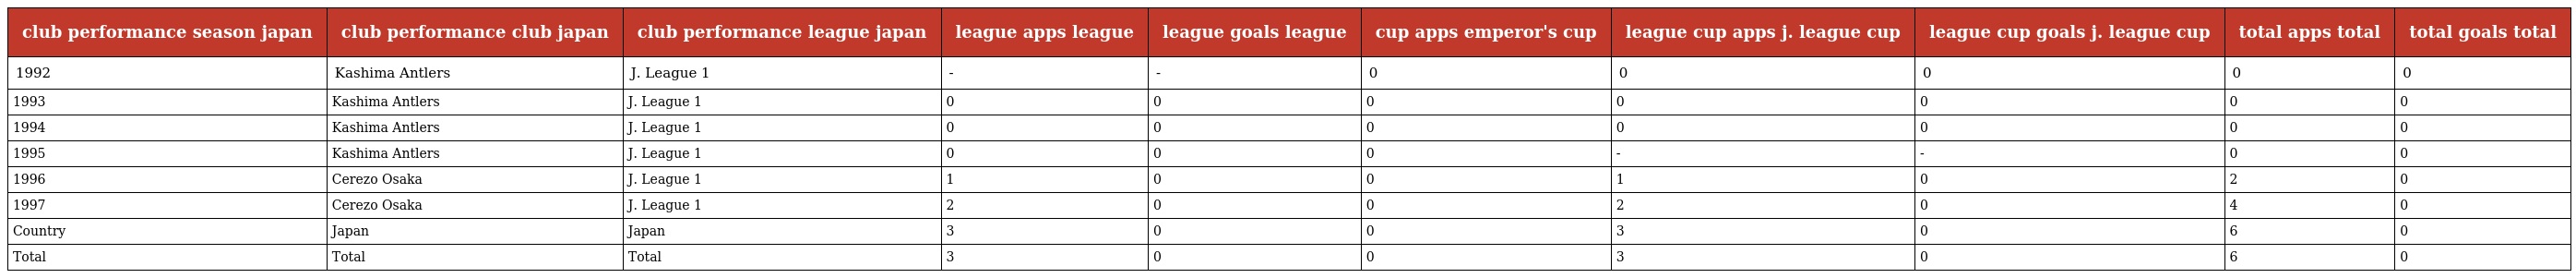
| club performance season japan | club performance club japan | club performance league japan | league apps league | league goals league | cup apps emperor's cup | league cup apps j. league cup | league cup goals j. league cup | total apps total | total goals total |
 | --- | --- | --- | --- | --- | --- | --- | --- | --- | --- |
 | 1992 | Kashima Antlers | J. League 1 | - | - | 0 | 0 | 0 | 0 | 0 |
 | 1993 | Kashima Antlers | J. League 1 | 0 | 0 | 0 | 0 | 0 | 0 | 0 |
 | 1994 | Kashima Antlers | J. League 1 | 0 | 0 | 0 | 0 | 0 | 0 | 0 |
 | 1995 | Kashima Antlers | J. League 1 | 0 | 0 | 0 | - | - | 0 | 0 |
 | 1996 | Cerezo Osaka | J. League 1 | 1 | 0 | 0 | 1 | 0 | 2 | 0 |
 | 1997 | Cerezo Osaka | J. League 1 | 2 | 0 | 0 | 2 | 0 | 4 | 0 |
 | Country | Japan | Japan | 3 | 0 | 0 | 3 | 0 | 6 | 0 |
 | Total | Total | Total | 3 | 0 | 0 | 3 | 0 | 6 | 0 |